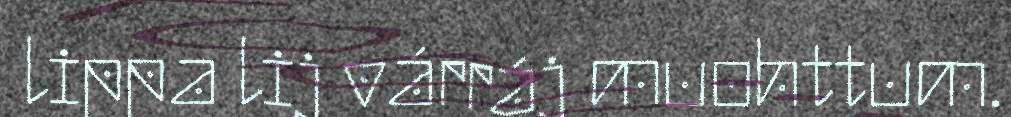
lippa lij várráj muohttum.